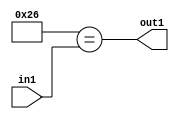
`timescale 1ps / 1ps
/*****************************************************************************
    Verilog RTL Description
    
    
    Created by: Stratus DpOpt 21.05.01 
*******************************************************************************/

module dut_Equal_1U_51_1 (
	in1,
	out1
	); /* architecture "behavioural" */ 
input [5:0] in1;
output  out1;
wire  asc001;

assign asc001 = (11'B00000100110==in1);

assign out1 = asc001;
endmodule

/* CADENCE  urb2Tw0= : u9/ySxbfrwZIxEzHVQQV8Q== ** DO NOT EDIT THIS LINE ******/